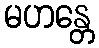
မဟန္တေ